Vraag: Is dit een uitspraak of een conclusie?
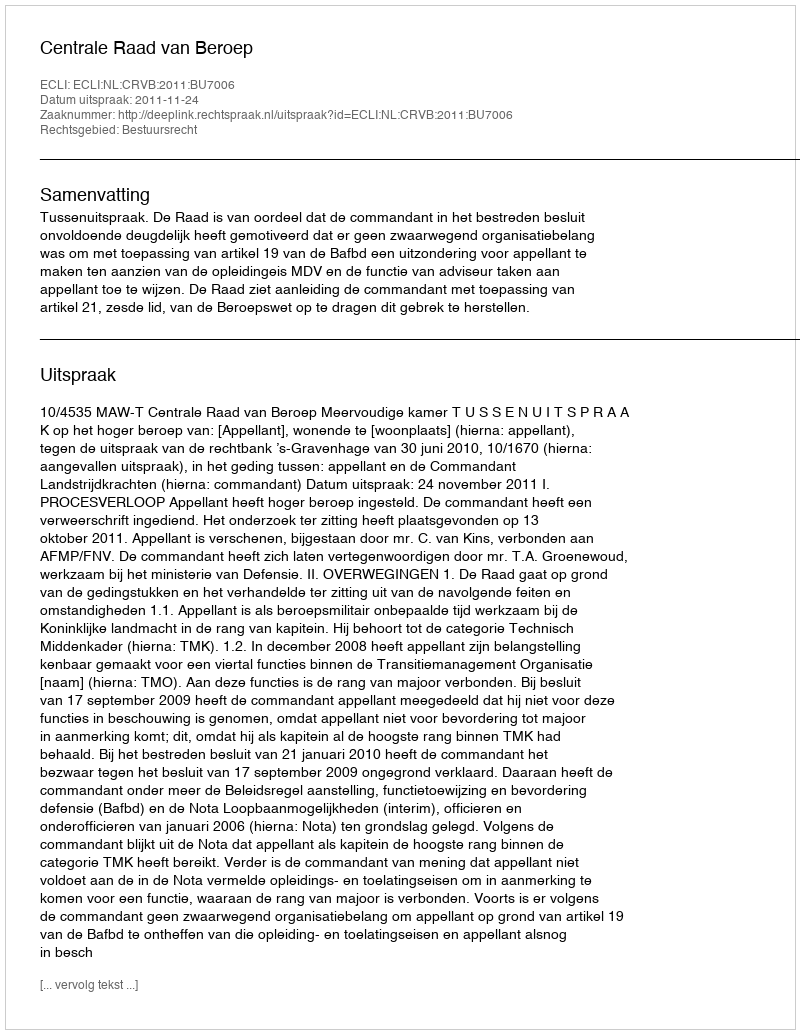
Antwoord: Uitspraak